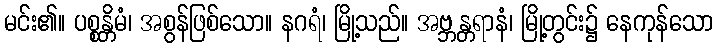
မင်း၏။ ပစ္စန္တိမံ၊ အစွန်ဖြစ်သော။ နဂရံ၊ မြို့သည်။ အဗ္ဘန္တရာနံ၊ မြို့တွင်း၌ နေကုန်သော